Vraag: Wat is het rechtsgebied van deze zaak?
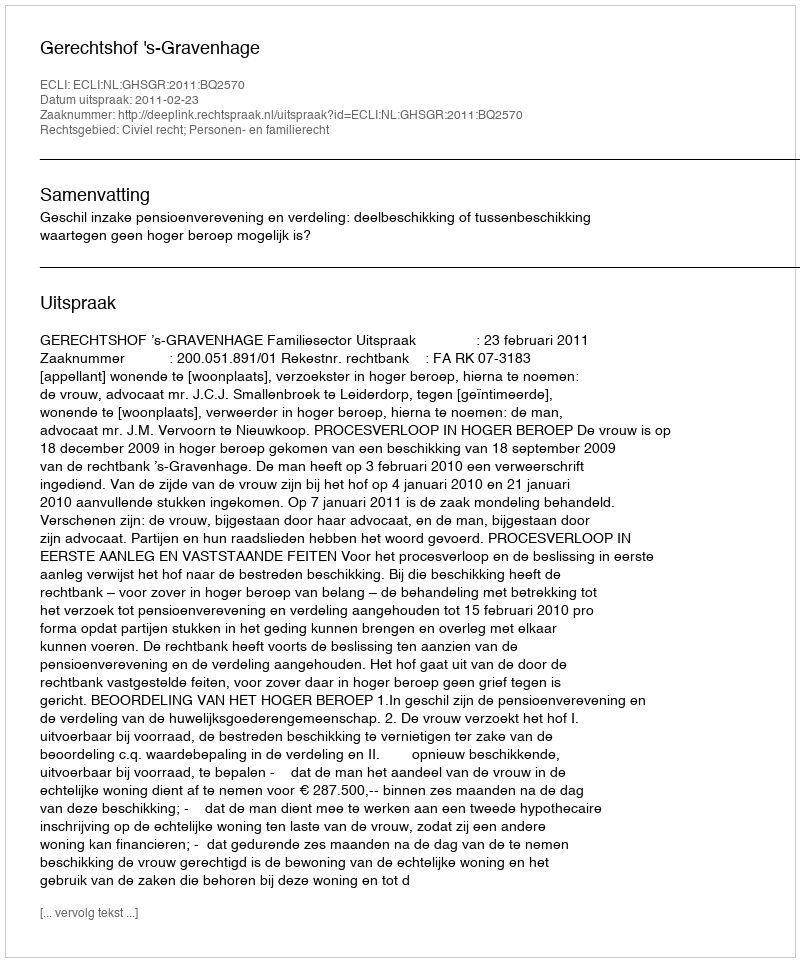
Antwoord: Civiel recht; Personen- en familierecht